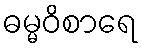
ဓမ္မဝိစာရေ